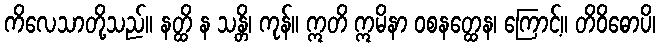
ကိလေသာတို့သည်။ နတ္ထိ န သန္တိ၊ ကုန်။ ဣတိ ဣမိနာ ဝစနတ္ထေန၊ ကြောင့်။ တိဝိဓောပိ၊